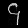
Digit: ၄